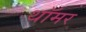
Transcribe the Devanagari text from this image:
थॉमर